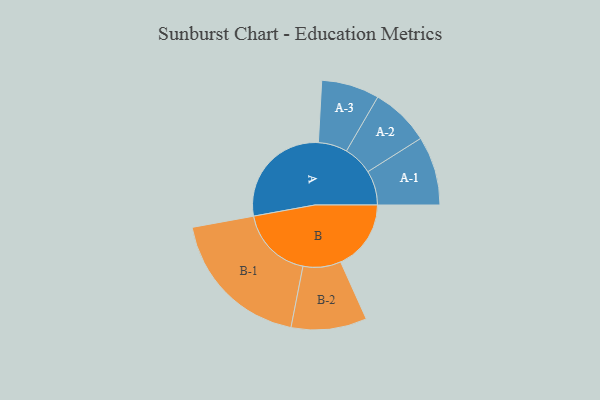
{"axis": {"x": "Segment", "y": "Value"}, "legend": ["", "A", "B"], "data": [{"x": "A", "y": 401, "type": ""}, {"x": "B", "y": 255, "type": ""}, {"x": "A-1", "y": 125, "type": "A"}, {"x": "A-2", "y": 107, "type": "A"}, {"x": "A-3", "y": 105, "type": "A"}, {"x": "B-1", "y": 266, "type": "B"}, {"x": "B-2", "y": 137, "type": "B"}]}